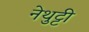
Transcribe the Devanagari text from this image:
नेथुट्टी